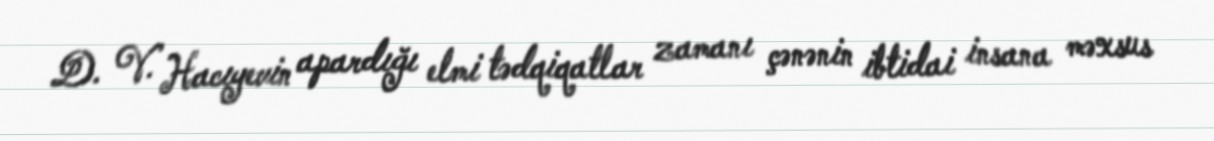
D. V. Hacıyevin apardığı elmi tədqiqatlar zamanı çənənin ibtidai insana məxsus